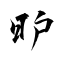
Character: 昈